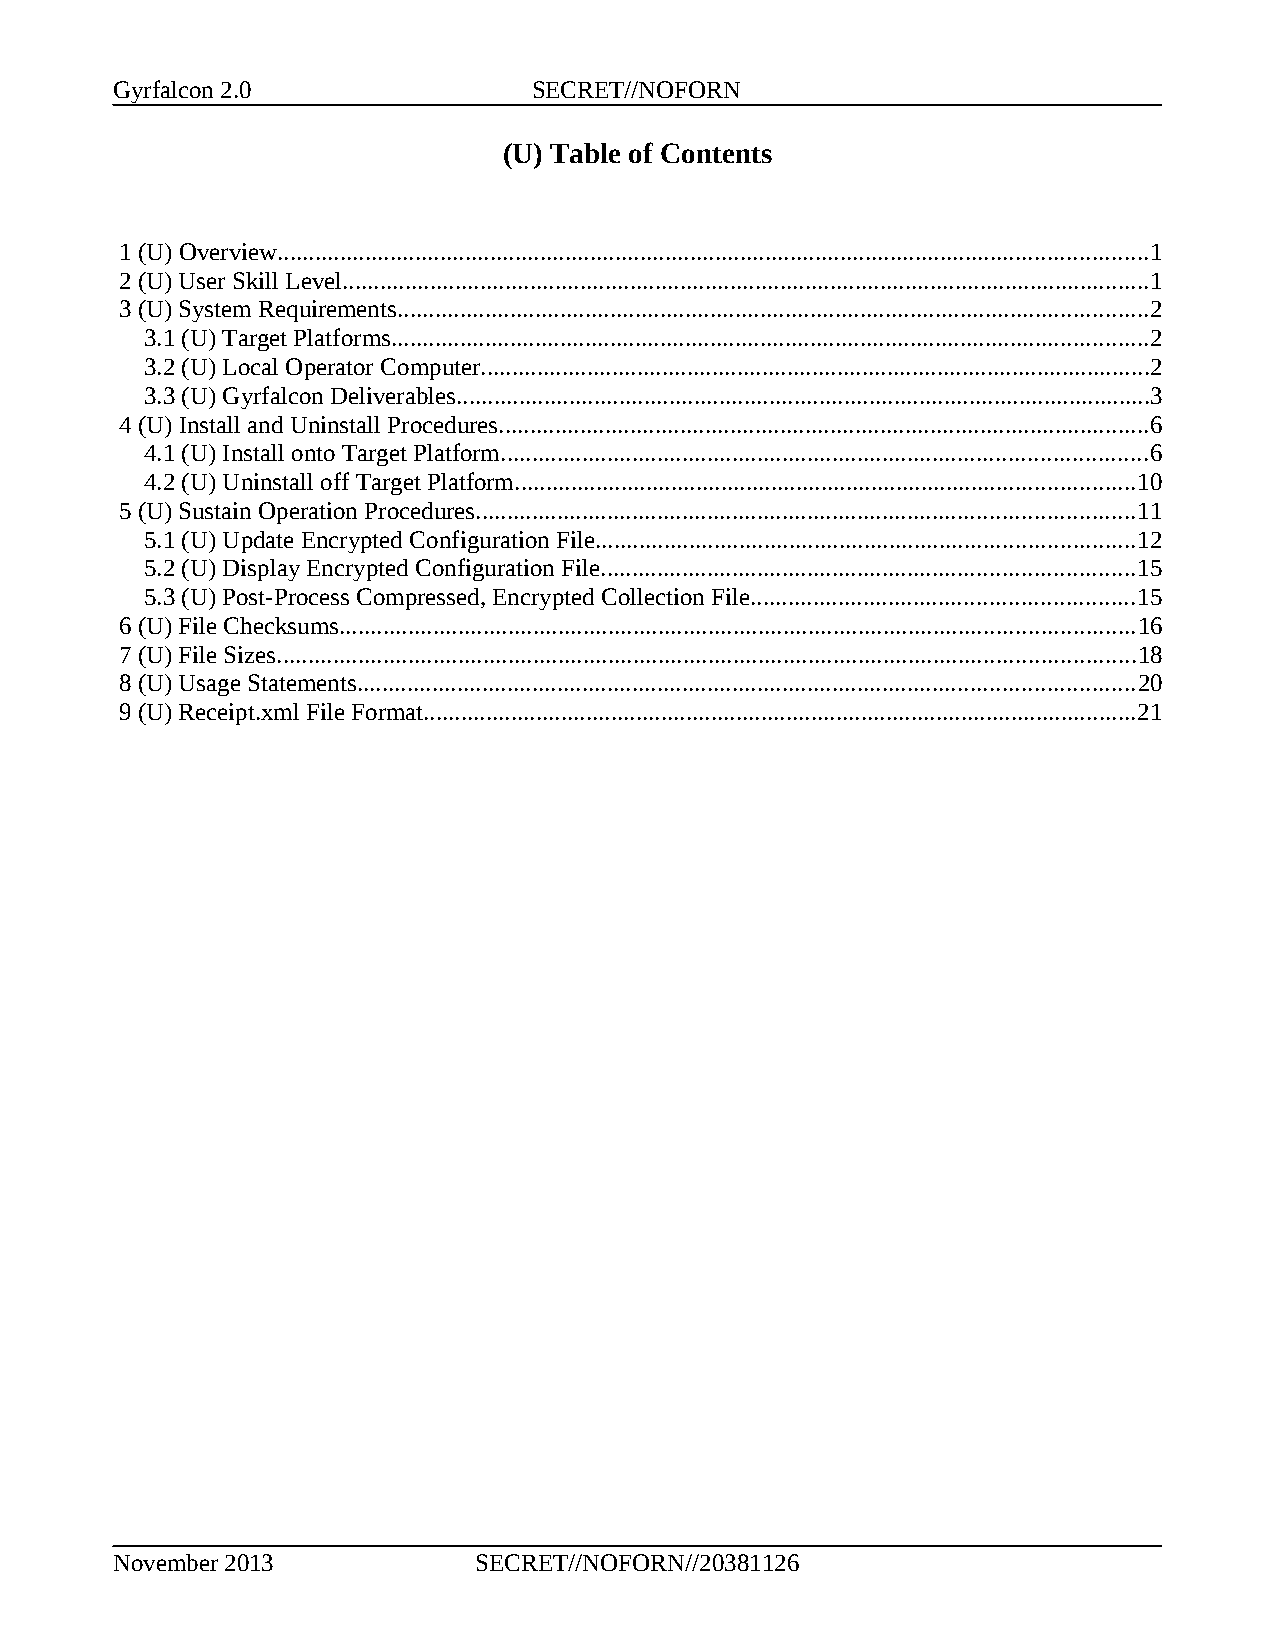
Gyrfalcon 2.0               SECRET//NOFORN
 (U) Table of Contents
 1 (U) Overview...........................................................................................................................................1
 2 (U) User Skill Level.................................................................................................................................1
 3 (U) System Requirements........................................................................................................................2
 3.1 (U) Target Platforms.........................................................................................................................2
 3.2 (U) Local Operator Computer...........................................................................................................2
 3.3 (U) Gyrfalcon Deliverables...............................................................................................................3
 4 (U) Install and Uninstall Procedures........................................................................................................6
 4.1 (U) Install onto Target Platform.......................................................................................................6
 4.2 (U) Uninstall off Target Platform...................................................................................................10
 5 (U) Sustain Operation Procedures.........................................................................................................11
 5.1 (U) Update Encrypted Configuration File......................................................................................12
 5.2 (U) Display Encrypted Configuration File.....................................................................................15
 5.3 (U) Post-Process Compressed, Encrypted Collection File.............................................................15
 6 (U) File Checksums...............................................................................................................................16
 7 (U) File Sizes.........................................................................................................................................18
 8 (U) Usage Statements............................................................................................................................20
 9 (U) Receipt.xml File Format..................................................................................................................21
 November 2013            SECRET//NOFORN//20381126